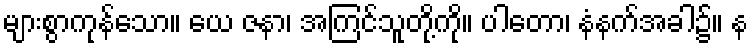
များစွာကုန်သော။ ယေ ဇနာ၊ အကြင်သူတို့ကို။ ပါတော၊ နံနက်အခါ၌။ န